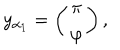
LaTeX: y _ { \alpha _ { 1 } } = \left( \begin{array} { c } { { \pi } } \\ { { \varphi } } \\ \end{array} \right) ,